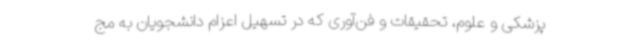
پزشکی و علوم، تحقیقات و فن‌آوری که در تسهیل اعزام دانشجویان به مج